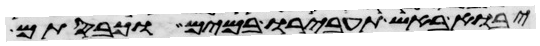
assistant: יבוא באש תעבירו במים וכבסתם